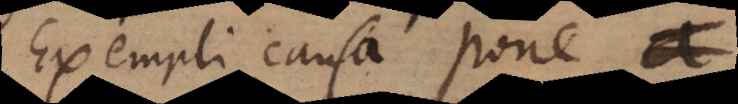
Exempli causa pone a